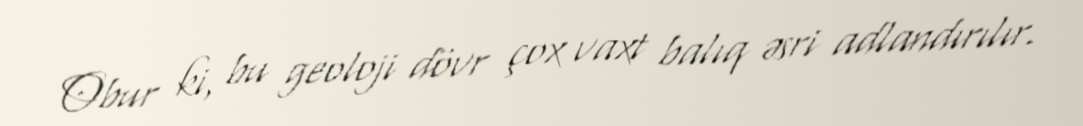
Obur ki, bu geoloji dövr çox vaxt balıq əsri adlandırılır.